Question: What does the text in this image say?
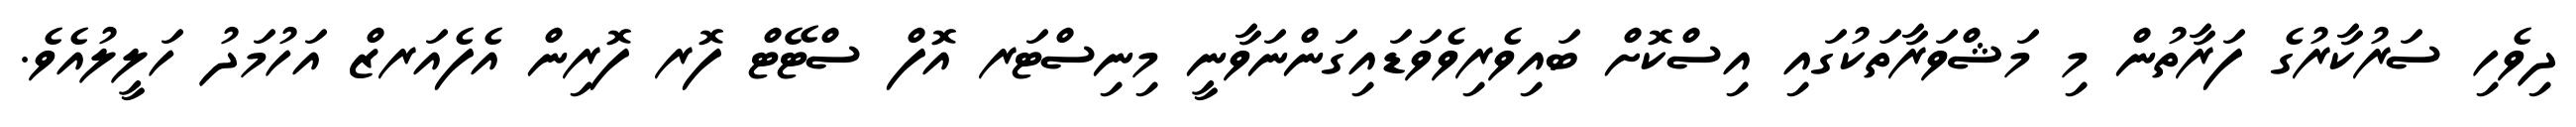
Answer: ދިވެހި ސަރުކާރުގެ ފަރާތުން މި މަޝްވަރާތަކުގައި އިސްކޮށް ބައިވެރިވެވަޑައިގަންނަވާނީ މިނިސްޓަރ އޮފް ސްޓޭޓް ފޮރ ފޮރިން އެފެއަރޒް އަހުމަދު ހަލީލުއެވެ.